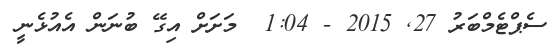
ސެޕްޓެމްބަރު 27